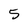
Character: 5